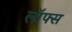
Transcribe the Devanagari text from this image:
लॉफ्स